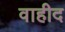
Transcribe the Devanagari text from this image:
वाहीद